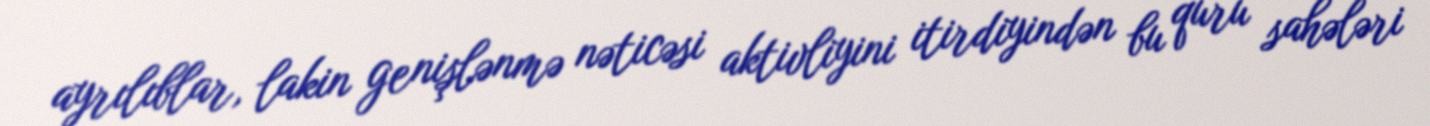
ayrılıblar, lakin genişlənmə nəticəsi aktivliyini itirdiyindən bu quru sahələri